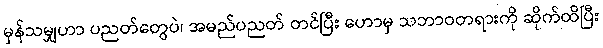
မှန်သမျှဟာ ပညတ်တွေပဲ၊ အမည်ပညတ် တင်ပြီး ဟောမှ သဘာဝတရားကို ဆိုက်ထိပြီး